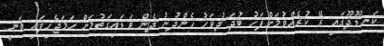
ކަނޑޫދޫގައި ރޭ ކުރެއްވުމަށްފަހު ބުދަ ދުވަހު ހެންދުނު ދެން ވަޑައިގަތުމަށް ހަމަޖެހިފައި ވަނީ